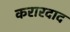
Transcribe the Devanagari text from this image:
करारदाद